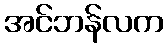
အင်ဘန်လက